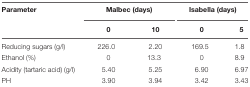
<table><thead><tr><td><b>Parameter</b></td><td colspan="2"><b>Malbec (days)</b></td><td colspan="2"><b>Isabella (days)</b></td></tr><tr><td></td><td><b>0</b></td><td><b>10</b></td><td><b>0</b></td><td><b>5</b></td></tr></thead><tbody><tr><td>Reducing sugars (g/l)</td><td>226.0</td><td>2.20</td><td>169.5</td><td>1.8</td></tr><tr><td>Ethanol (%)</td><td>0</td><td>13.3</td><td>0</td><td>8.9</td></tr><tr><td>Acidity (tartaric acid) (g/l)</td><td>5.40</td><td>5.25</td><td>6.90</td><td>6.97</td></tr><tr><td>PH</td><td>3.90</td><td>3.94</td><td>3.42</td><td>3.43</td></tr></tbody></table>